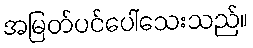
အမြတ်ပင်ပေါ်သေးသည်။